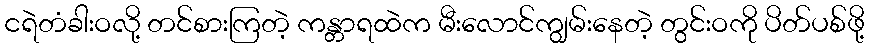
ငရဲတံခါးဝလို့ တင်စားကြတဲ့ ကန္တာရထဲက မီးလောင်ကျွမ်းနေတဲ့ တွင်းဝကို ပိတ်ပစ်ဖို့